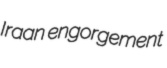
Iraan engorgement